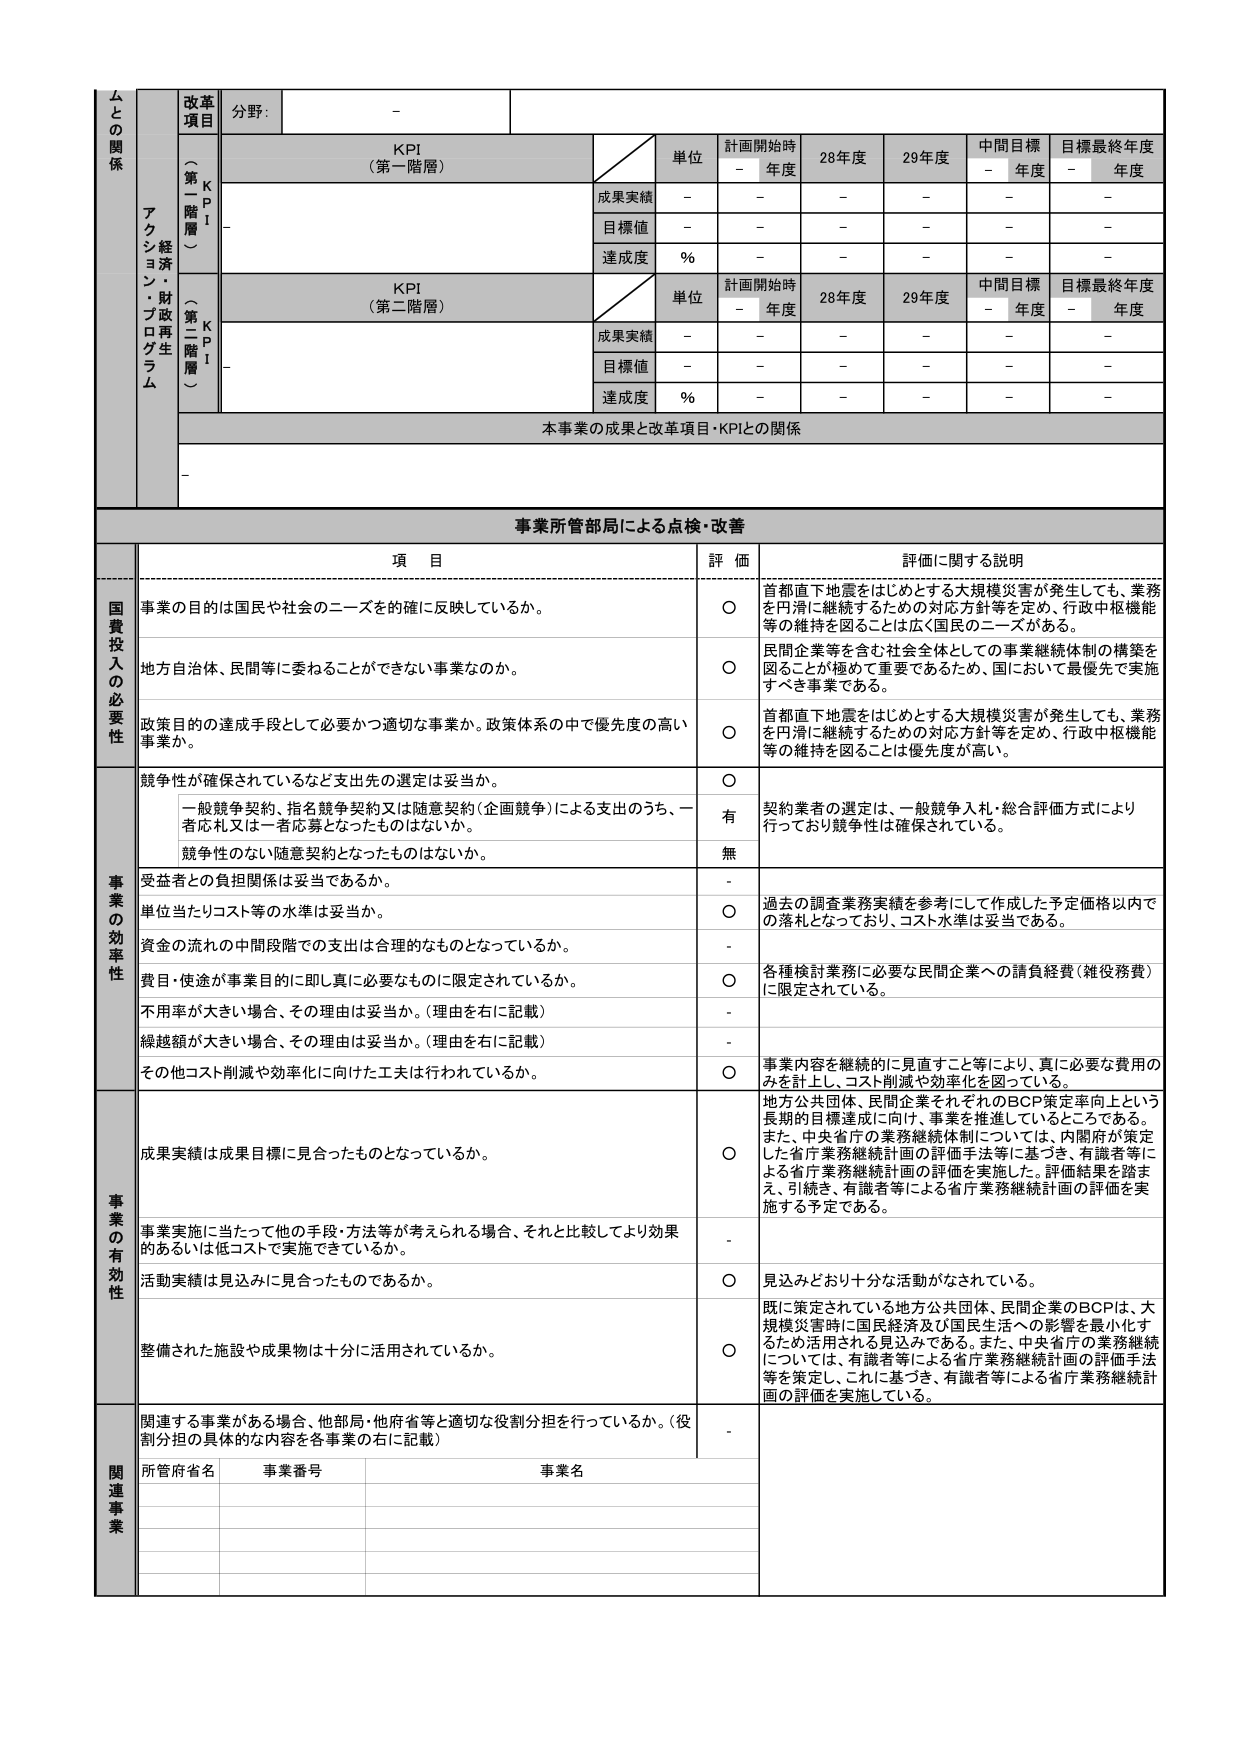
ムとの関係
改革項目
分野:
-
KPI
（第一階層）
単位
計画開始時
- 年度
28年度
29年度
中間目標
- 年度
目標最終年度
- 年度
成果実績
-
-
-
-
-
-
目標値
-
-
-
-
-
-
達成度
%
-
-
-
-
-
-
KPI
（第二階層）
単位
計画開始時
- 年度
28年度
29年度
中間目標
- 年度
目標最終年度
- 年度
成果実績
-
-
-
-
-
-
目標値
-
-
-
-
-
-
達成度
%
-
-
-
-
-
-
本事業の成果と改革項目・KPIとの関係
-
事業所管部局による点検・改善
項 目
評 価
評価に関する説明
国費投入の必要性
事業の目的は国民や社会のニーズを確に反映しているか。
〇
首都直下地震をはじめとする大規模災害が発生しても、業務を円滑に継続するための対応方針等を定め、行政中枢機能等の維持を図ることは広く国民のニーズがある。
地方自治体、民間等に委ねることができない事業なのか。
〇
民間企業等を含む社会全体としての事業継続体制の構築を図ることが極めて重要であるため、国において最優先で実施すべき事業である。
政策目的の達成手段として必要かつ適切な事業か。政策体系の中で優先度の高い事業か。
〇
首都直下地震をはじめとする大規模災害が発生しても、業務を円滑に継続するための対応方針等を定め、行政中枢機能等の維持を図ることは優先度が高い。
事業の効率性
競争性が確保されているなど支出先の選定は妥当か。
〇
契約業者の選定は、一般競争入札・総合評価方式により行っており競争性は確保されている。
一般競争契約、指名競争契約又は随意契約（企画競争）による支出のうち、一者応札又は一者応募となったものはないか。
有
競争性のない随意契約となったものはないか。
無
受益者との負担関係は妥当であるか。
-
過去の調査業務実績を参考にして作成した予定価格以内での落札となっており、コスト水準は妥当である。
単位当たりコスト等の水準は妥当か。
〇
資金の流れの中間段階での支出は合理的なものとなっているか。
-
費目・用途が事業目的に即し真に必要なものに限定されているか。
〇
各種検討業務に必要な民間企業への請負経費（雑役務費）に限定されている。
不用率が大きい場合、その理由は妥当か。（理由を右に記載）
-
繰越額が大きい場合、その理由は妥当か。（理由を右に記載）
-
その他コスト削減や効率化に向けた工夫は行われているか。
〇
事業内容を継続的に見直すこと等により、真に必要な費用のみを計上し、コスト削減や効率化を図っている。
事業の有効性
成果実績は成果目標に見合ったものとなっているか。
〇
地方公共団体、民間企業それぞれのBCP策定率向上という長期的目標達成に向け、事業を推進しているところである。また、中央省庁の業務継続体制については、内閣府が策定した省庁業務継続計画の評価手法等に基づき、有識者等による省庁業務継続計画の評価を実施した。評価結果を踏まえ、引続き、有識者等による省庁業務継続計画の評価を実施する予定である。
事業実施に当たって他の手段・方法等が考えられる場合、それと比較してより効果的あるいは低コストで実施できているか。
-
活動実績は見込みに見合ったものであるか。
〇
見込みどおり十分な活動がなされている。
整備された施設や成果物は十分に活用されているか。
〇
既に策定されている地方公共団体、民間企業のBCPは、大規模災害時に国民経済及び国民生活への影響を最小化するため活用される見込みである。また、中央省庁の業務継続については、有識者等による省庁業務継続計画の評価手法等を策定し、これに基づき、有識者等による省庁業務継続計画の評価を実施している。
関連事業
関連する事業がある場合、他部局・他府省等と適切な役割分担を行っているか。（役割分担の具体的な内容を各事業の右に記載）
-
所管府省名
事業番号
事業名